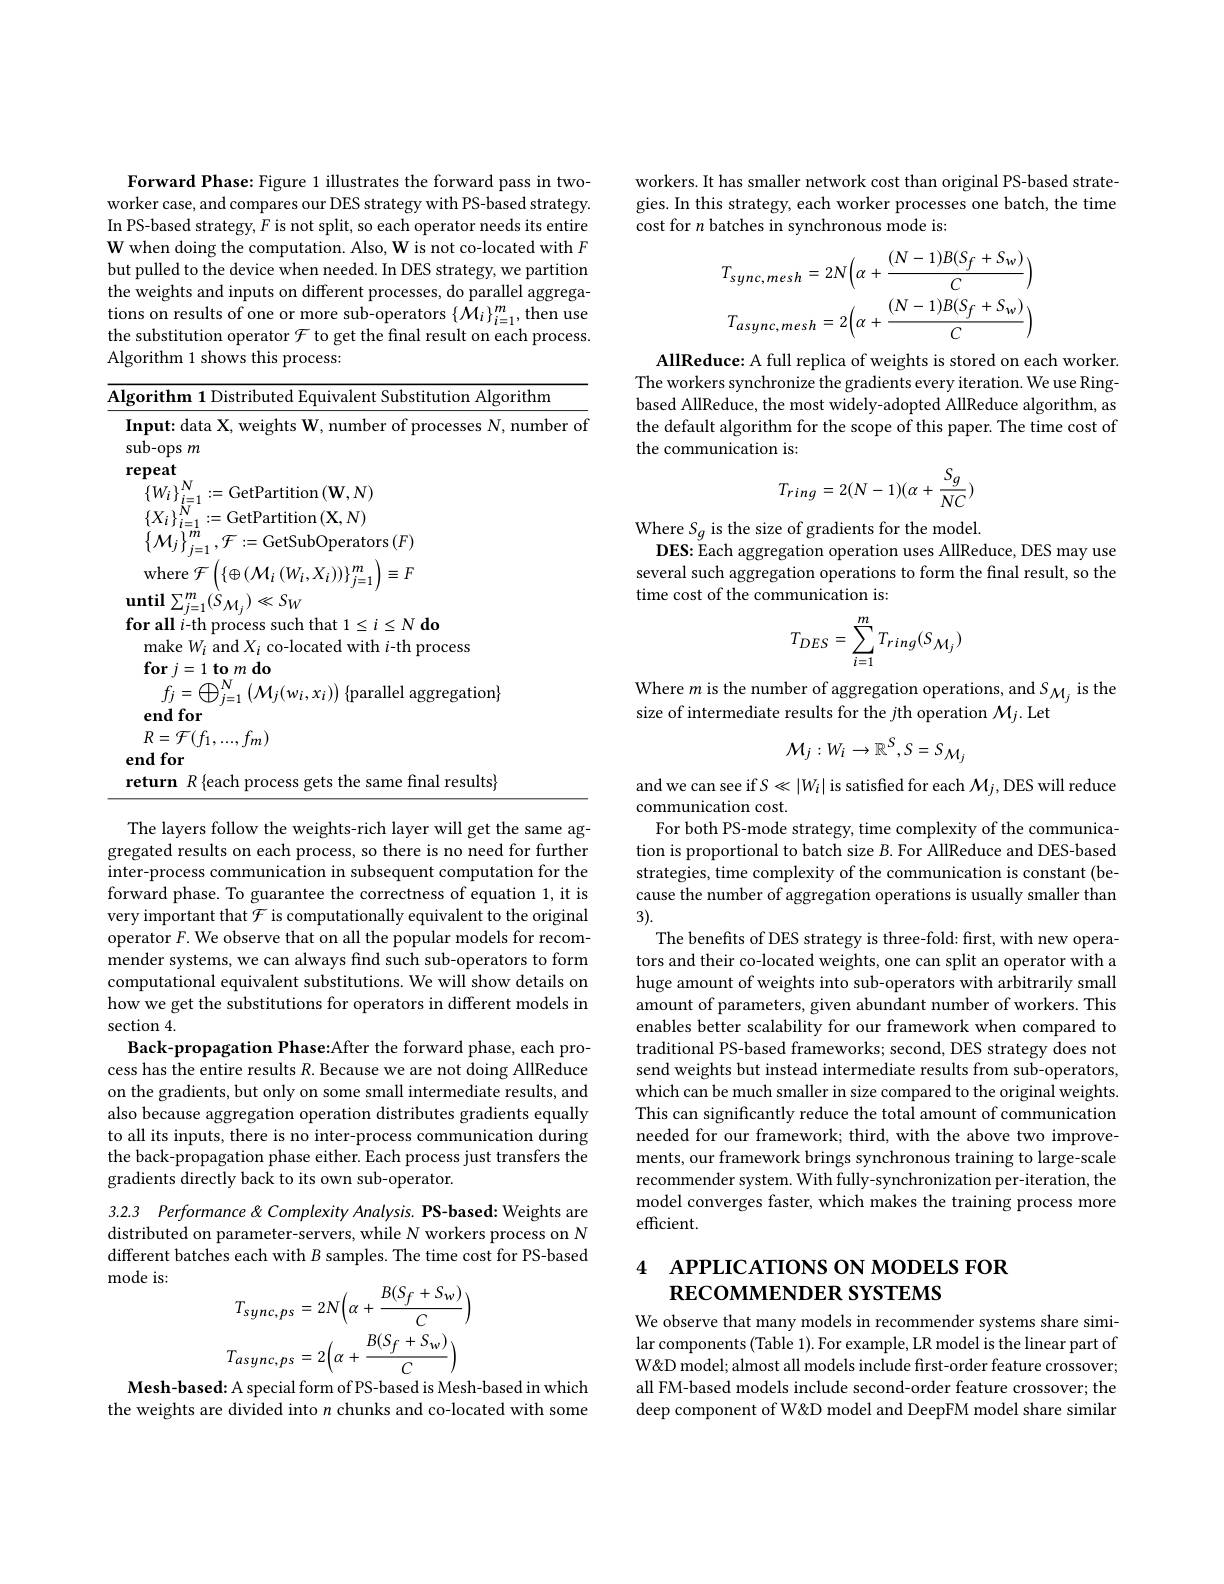
Forward Phase: Figure 1 illustrates the forward pass in twoworker case, and compares our DES strategy with PS-based strategy. In PS-based strategy, $F$ is not split, so each operator needs its entire W when doing the computation. Also, W is not co-located with $F$ but pulled to the device when needed. In DES strategy, we partition the weights and inputs on different processes, do parallel aggregations on results of one or more sub-operators $\left\{\tilde{\mathcal{M}}_{i}\right\}_{i=1}^{m}$,then use the substitution operator $\mathcal{F}$ to get the final result on each process Algorithm 1 shows this process:

Algorithm 1 Distributed Equivalent Substitution Algorithm
Input: data X, weights W, number of processes N, number of
sub-ops $m$
repeat
$\left \{ W_{i}\right \} _{i= 1}^{N}: =$GetPartition ( W, N) $\left \{ X_{i}\right \} _{i= 1}^{N}: =$GetPartition ( X, N) $\left \{ \mathcal{M} _{i}\right \} ^{m}\mathcal{F} \cdot =$GetSubOneraton
$\left\{\mathcal{M}_{j}\right\}_{j=1}^{m},\mathcal{F}:=$GetSubOperators$\left(F\right)$ where $\mathcal{F} \left ( \{ \oplus ( \mathcal{M} _i\left ( W_i, X_i\right ) \right ) \} _{j= 1}^m$ $\equiv F$ $\operatorname*{until}_{c}\sum_{j=1}^{m}(\stackrel{\sim}{S}_{{\mathcal M}_{j}})\ll S_{W}$
for all $i$-th process such that $1\leq i\leq N\textbf{do}$
make $W_i$ and $X_i$ co-located with $i$-th process
${\mathrm{for~}j=1}{\mathbf{to~}m\mathbf{do}}$
$f_{j}=\bigoplus_{j=1}^{N}\left(\mathcal{M}_{j}(w_{i},x_{i})\right)${parallel aggregation}
end for
$R=\mathcal{F}(f_{1},...,f_{m})$
end for
return $R$ {each process gets the same final results}

The layers follow the weights-rich layer will get the same aggregated results on each process, so there is no need for further inter-process communication in subsequent computation for the forward phase. To guarantee the correctness of equation 1, it is very important that $\mathcal{F}$ is computationally equivalent to the original operator $F.$ We observe that on all the popular models for recommender systems, we can always find such sub-operators to form computational equivalent substitutions. We will show details on how we get the substitutions for operators in different models in section 4.
Back-propagation Phase:After the forward phase, each process has the entire results $R.$ Because we are not doing AllReduce on the gradients, but only on some small intermediate results, and also because aggregation operation distributes gradients equally to all its inputs, there is no inter-process communication during the back-propagation phase either. Each process just transfers the gradients directly back to its own sub-operator.
3.2.3 Performance &Complexity Analysis. PS-based: Weights are

distributed on parameter-servers, while N workers process on N different batches each with $B$ samples. The time cost for PS-based mode is:
$$T_{sync,ps}=2N\Big(\alpha+\frac{B(S_{f}+S_{w})}{C}\Big)\\T_{async,ps}=2\Big(\alpha+\frac{B(S_{f}+S_{w})}{C}\Big)$$
Mesh-based: A special form of PS-based is Mesh-based in which the weights are divided into $n$ chunks and co-located with some

workers. It has smaller network cost than original PS-based strategies. In this strategy, each worker processes one batch, the time cost for $n$ batches in synchronous mode is:
$$T_{sync,mesh}=2N\Big(\alpha+\frac{(N-1)B(S_{f}+S_{w})}{C}\Big)\\T_{async,mesh}=2\Big(\alpha+\frac{(N-1)B(S_{f}+S_{w})}{C}\Big)$$
AllReduce: A full replica of weights is stored on each worker. The workers synchronize the gradients every iteration. We use Ringbased AllReduce, the most widely-adopted AllReduce algorithm, as the default algorithm for the scope of this paper. The time cost of the communication is:
$$T_{ring}=2(N-1)(\alpha+\frac{S_{g}}{NC})$$
Where $S_g$ is the size of gradients for the model.
DES: Each aggregation operation uses AllReduce, DES may use several such aggregation operations to form the final result, so the time cost of the communication is:
$$T_{DES}=\sum_{i=1}^{m}T_{ring}(S_{\mathcal M_{j}})$$
Where $m$ is the number of aggregation operations, and $S_{\mathcal{M}_j}$ is the
size of intermediate results for the $j$th operation $\mathcal{M}_j.$Let
$$\mathcal{M}_{j}:W_{i}\to\mathbb{R}^{S},S=S_{\mathcal{M}_{j}}$$
and we can see if $S\ll|W_i|$ is satisfied for each $\mathcal{M}_j$,DES will reduce
communication cost.
For both PS-mode strategy, time complexity of the communication is proportional to batch size $B.$ For AllReduce and DES-based strategies, time complexity of the communication is constant (because the number of aggregation operations is usually smaller than 3).
The benefits of DES strategy is three-fold: first, with new operators and their co-located weights, one can split an operator with a huge amount of weights into sub-operators with arbitrarily small amount of parameters, given abundant number of workers. This enables better scalability for our framework when compared to traditional PS-based frameworks; second, DES strategy does not send weights but instead intermediate results from sub-operators, which can be much smaller in size compared to the original weights. This can significantly reduce the total amount of communication needed for our framework; third, with the above two improvements, our framework brings synchronous training to large-scale recommender system. With fully-synchronization per-iteration, the model converges faster, which makes the training process more efficient.

# 4 APPLICATIONS ON MODELS FOR RECOMMENDER SYSTEMS

We observe that many models in recommender systems share similar components (Table 1). For example, LR model is the linear part of W&D model; almost all models include frst-order feature crossover; all FM-based models include second-order feature crossover; the deep component of W&D model and DeepFM model share similar